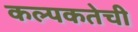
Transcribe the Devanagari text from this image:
कल्पकतेची